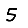
Digit: 5